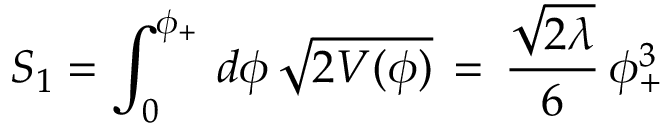
S _ { 1 } = \int _ { 0 } ^ { \phi _ { + } } \, d \phi \, \sqrt { 2 V ( \phi ) } \, = \, \frac { \sqrt { 2 \lambda } } { 6 } \, \phi _ { + } ^ { 3 }